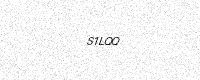
Text: S1LQQ